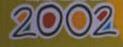
2002